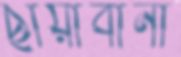
ছায়াবানী